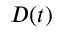
D ( t )